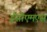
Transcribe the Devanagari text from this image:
ईसीएमएस